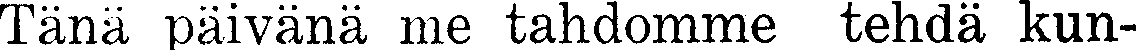
Tänä päivänä me tahdomme tehdä kun-